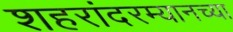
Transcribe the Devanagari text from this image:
शहरांदरम्यानच्या